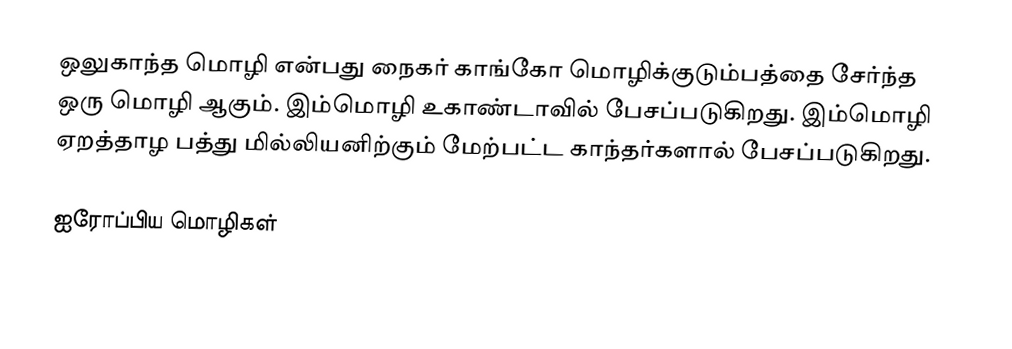
ஒலுகாந்த மொழி என்பது நைகர் காங்கோ மொழிக்குடும்பத்தை சேர்ந்த ஒரு மொழி ஆகும். இம்மொழி உகாண்டாவில் பேசப்படுகிறது. இம்மொழி ஏறத்தாழ பத்து மில்லியனிற்கும் மேற்பட்ட காந்தர்களால் பேசப்படுகிறது.

ஐரோப்பிய மொழிகள்